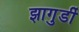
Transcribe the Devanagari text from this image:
झागुर्डी